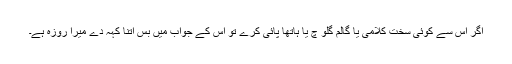
اگر اس سے کوئی سخت کلامی یا گالم گلو چ یا ہاتھا پائی کرے تو اس کے جواب میں بس اتنا کہہ دے میرا روزہ ہے۔